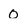
Character: 0